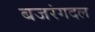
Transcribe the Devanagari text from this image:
बजरंगदल